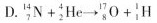
D.$$_ { 7 } ^ { 1 4 } N + _ { 2 } ^ { 4 } H e